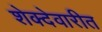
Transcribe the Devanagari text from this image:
शेक्देवारीत